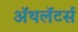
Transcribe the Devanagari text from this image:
ॲथलॅटर्स